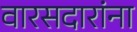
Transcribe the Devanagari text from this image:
वारसदारांना